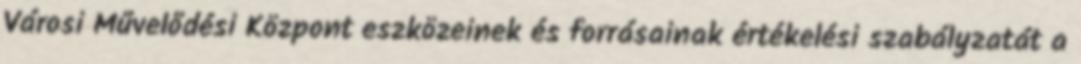
Városi Művelődési Központ eszközeinek és forrásainak értékelési szabályzatát a